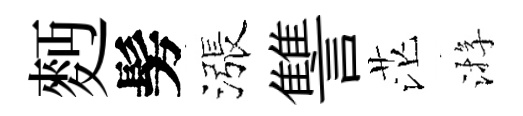
麪髣漲讐茫㳺